画像に写った文字を読んでください
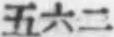
「五六二」と書いてあります